Report on horse surra - Volume II, Part I
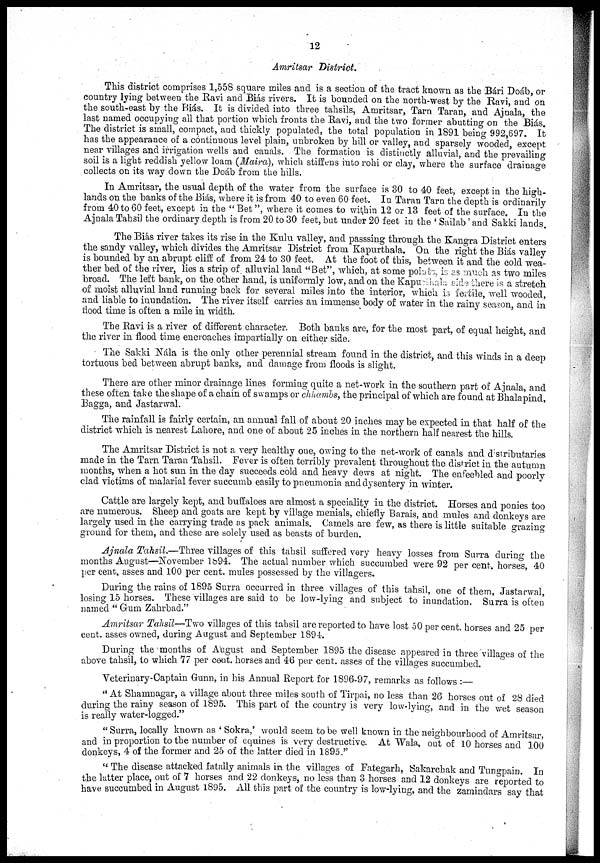
12
Amritsar District.
This district comprises 1,558 square miles and is a section of the tract known as the Bári Doáb, or
country lying between the Ravi and Biás rivers. It is bounded on the north-west by the Ravi, and on
the south-east by the Biás. It is divided into three tahsils, Amritsar, Tarn Taran, and Ajnala, the
last named occupying all that portion which fronts the Ravi, and the two former abutting on the Biás.
The district is small, compact, and thickly populated, the total population in 1891 being 992,697. It
has the appearance of a continuous level plain, unbroken by hill or valley, and sparsely wooded, except
near villages and irrigation wells and canals. The formation is distinctly alluvial, and the prevailing
soil is a light reddish yellow loam (Maira), which stiffens into rohi or clay, where the surface drainage
collects on its way down the Doáb from the hills.
In Amritsar, the usual depth of the water from the surface is 30 to 40 feet, except in the high-
lands on the banks of the Biás, where it is from 40 to even 60 feet. In Taran Tarn the depth is ordinarily
from 40 to 60 feet, except in the " Bet ", where it comes to within 12 or 13 feet of the surface. In the
Ajnala Tahsil the ordinary depth is from 20 to 30 feet, but under 20 feet in the ' Sailab' and Sakki lands.
The Biás river takes its rise in the Kulu valley, and passsing through the Kangra District enters
the sandy valley, which divides the Amritsar District from Kapurthala. On the right the Biás valley
is bounded by an abrupt cliff of from 24 to 30 feet. At the foot of this, between it and the cold wea-
ther bed of the river, lies a strip of alluvial land "Bet", which, at some points, is as much as two miles
broad. The left bank, on the other hand, is uniformly low, and on the Kapurthala side there is a stretch
of moist alluvial land running back for several miles into the interior, which is fertile, well wooded,
and liable to inundation. The river itself carries an immense body of water in the rainy season, and in
flood time is often a mile in width.
The Ravi is a river of different character. Both banks are, for the most part, of equal height, and
the river in flood time encroaches impartially on either side.
The Sakki Nála is the only other perennial stream found in the district, and this winds in a deep
tortuous bed between abrupt banks, and damage from floods is slight.
There are other minor drainage lines forming quite a net-work in the southern part of Ajnala, and
these often take the shape of a chain of swamps or chhambs, the principal of which are found at Bhalapind,
Bagga, and Jastarwal.
The rainfall is fairly certain, an annual fall of about 20 inches may be expected in that half of the
district which is nearest Lahore, and one of about 25 inches in the northern half nearest the hills.
The Amritsar District is not a very healthy one, owing to the net-work of canals and distributaries
made in the Tarn Taran Tahsil. Fever is often terribly prevalent throughout the district in the autumn
months, when a hot sun in the day succeeds cold and heavy dews at night. The enfeebled and poorly
clad victims of malarial fever succumb easily to pneumonia and dysentery in winter.
Cattle are largely kept, and buffaloes are almost a speciality in the district. Horses and ponies too
are numerous. Sheep and goats are kept by village menials, chiefly Barais, and mules and donkeys are
largely used in the carrying trade as pack animals. Camels are few, as there is little suitable grazing
ground for them, and these are solely used as beasts of burden.
Ajnala Tahsil.—Three villages of this tahsil suffered very heavy losses from Surra during the
months August—November 1894. The actual number which succumbed were 92 per cent. horses, 40
per cent. asses and 100 per cent. mules possessed by the villagers.
During the rains of 1895 Surra occurred in three villages of this tahsil, one of them, Jastarwal,
losing 15 horses. These villages are said to be low-lying and subject to inundation. Surra is often
named " Gum Zahrbad."
Amritsar Tahsil—Two villages of this tahsil are reported to have lost 50 per cent. horses and 25 per
cent. asses owned, during August and September 1894.
During the months of August and September 1895 the disease appeared in three villages of the
above tahsil, to which 77 per cent. horses and 46 per cent. asses of the villages succumbed.
Veterinary-Captain Gunn, in his Annual Report for 1896-97, remarks as follows :—
" At Shamnagar, a village about three miles south of Tirpai, no less than 26 horses out of 28 died
during the rainy season of 1895. This part of the country is very low-lying, and in the wet season
is really water-logged."
" Surra, locally known as ' Sokra,' would seem to be well known in the neighbourhood of Amritsar,
and in proportion to the number of equines is very destructive. At Wala, out of 10 horses and 100
donkeys, 4 of the former and 25 of the latter died in 1895."
" The disease attacked fatally animals in the villages of Fategarh, Sakarchak and Tungpain. In
the latter place, out of 7 horses and 22 donkeys, no less than 3 horses and 12 donkeys are reported to
have succumbed in August 1895. All this part of the country is low-lying, and the zamindars say that